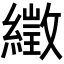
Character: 𦅣